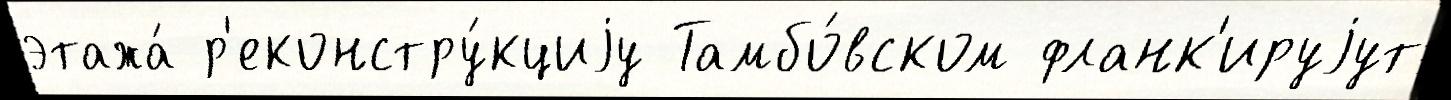
этажа́ р'еконстру́кциjу Тамбо́вском фланк'ируjут